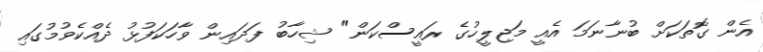
އެން ގޮތަކަށް ބުނާނަމަ އެއީ މަޖިލީހުގެ ރައީސްކަން" ޝިހާބު ފަދައިން ވާހަކަފުޅު ދެއްކެވުމުގައި